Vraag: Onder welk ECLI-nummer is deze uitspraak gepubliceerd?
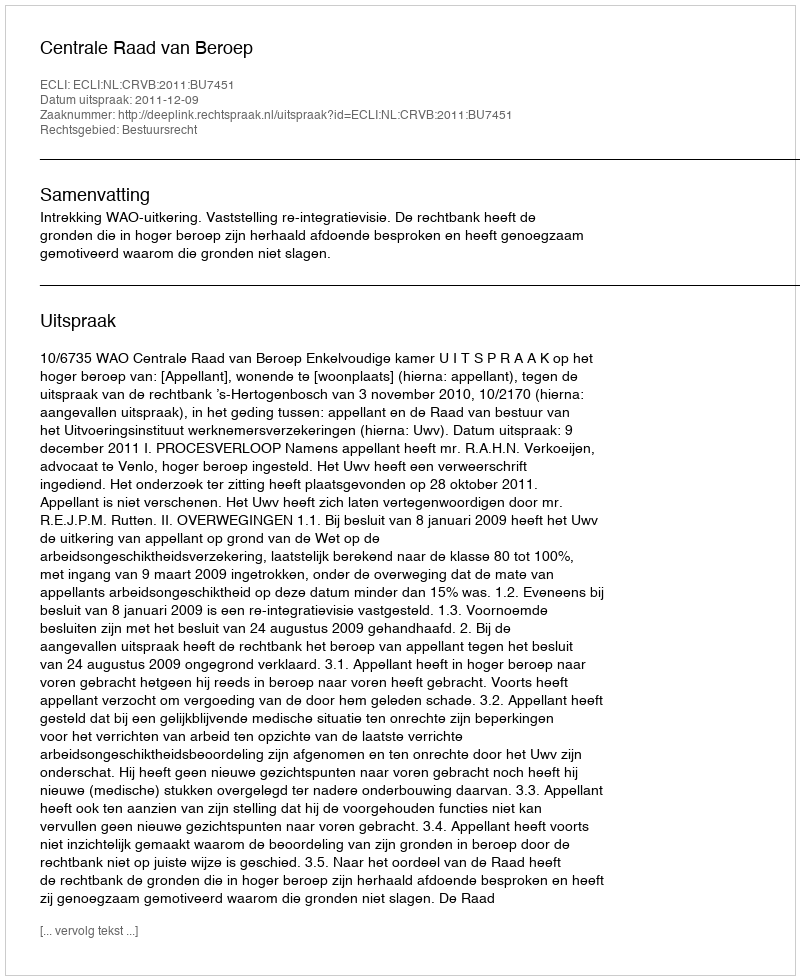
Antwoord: ECLI:NL:CRVB:2011:BU7451